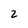
Character: 2